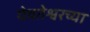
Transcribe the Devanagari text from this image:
येवतेश्वरच्या